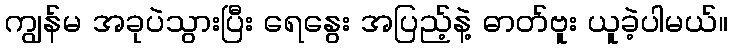
ကျွန်မ အခုပဲသွားပြီး ရေနွေး အပြည့်နဲ့ ဓာတ်ဗူး ယူခဲ့ပါမယ်။